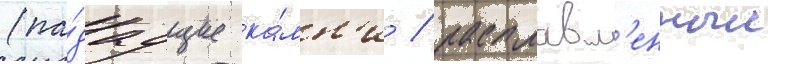
(па́даущие ка́мн'и / расплавл'енныи